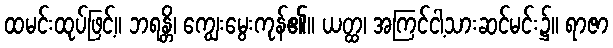
ထမင်းထုပ်ဖြင့်။ ဘရန္တိ၊ ကျွေးမွေးကုန်၏။ ယတ္ထ၊ အကြင်ငါ့သားဆင်မင်း၌။ ရာဇာ